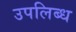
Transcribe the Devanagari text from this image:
उपलिब्ध